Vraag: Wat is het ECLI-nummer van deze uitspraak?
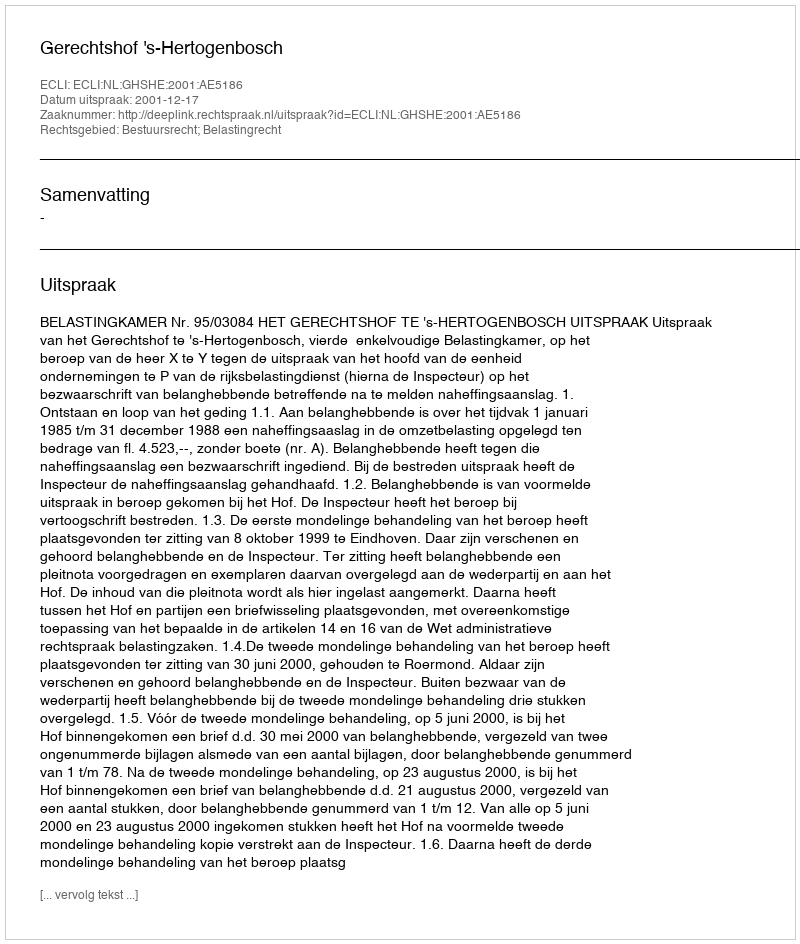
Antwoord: ECLI:NL:GHSHE:2001:AE5186